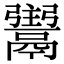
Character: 𩱌